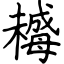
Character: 𣚺